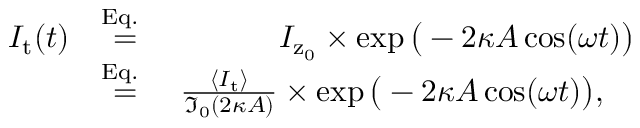
\begin{array} { r l r } { I _ { \mathrm { t } } ( t ) } & { \stackrel { \mathrm { E q . ~ } } { = } } & { I _ { \mathrm { z } _ { 0 } } \times \exp \big ( - 2 \kappa A \cos ( \omega t ) \big ) } \\ & { \stackrel { \mathrm { E q . ~ } } { = } } & { \frac { \langle I _ { \mathrm { t } } \rangle } { \mathfrak { I } _ { 0 } ( 2 \kappa A ) } \times \exp \big ( - 2 \kappa A \cos ( \omega t ) \big ) , \quad } \end{array}